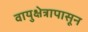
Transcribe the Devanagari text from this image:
वायुक्षेत्रापासून